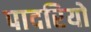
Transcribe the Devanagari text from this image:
पादरियो